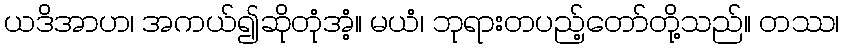
ယဒိအာဟ၊ အကယ်၍ဆိုတုံအံ့။ မယံ၊ ဘုရားတပည့်တော်တို့သည်။ တဿ၊